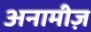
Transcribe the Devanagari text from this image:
अनामीज़